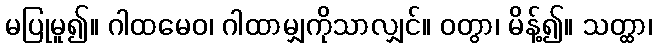
မပြုမူ၍။ ဂါထမေဝ၊ ဂါထာမျှကိုသာလျှင်။ ဝတွာ၊ မိန့်၍။ သတ္ထာ၊